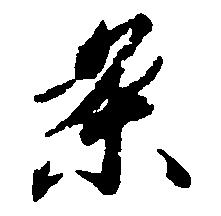
条